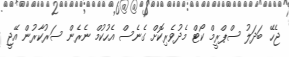
ޖެހޭ ބަދަލު ސްޕްރީމް ކޯޓް މެދުވެރިކޮށް ގެނެސް އެހުކުމް ނެރެން ސަރުކާރުން އޭޖީ